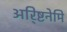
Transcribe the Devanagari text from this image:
अरि्ष्टनेमि